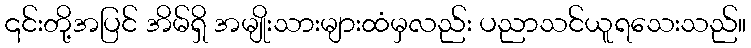
၎င်းတို့အပြင် အိမ်ရှိ အမျိုးသားများထံမှလည်း ပညာသင်ယူရသေးသည်။